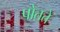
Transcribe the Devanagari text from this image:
पोतते